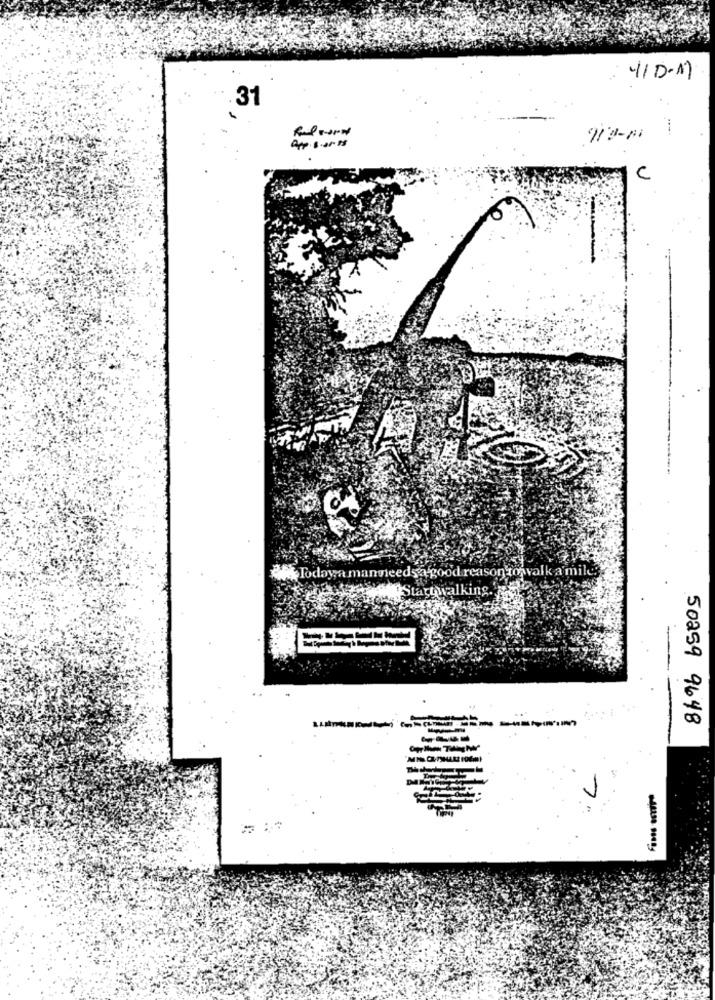
110.17
.31
App.1.2018
C
Todaya manneeds a good reason to walk a miles
Startwalking.
50259 9648